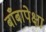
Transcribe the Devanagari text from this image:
बाँबापेक्षा